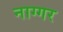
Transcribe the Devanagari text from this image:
नाग्गर